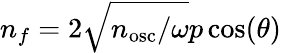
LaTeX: n_{f}=2{\sqrt{n_{\mathrm{osc}}/\omega}}p\cos(\theta)